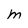
Character: m